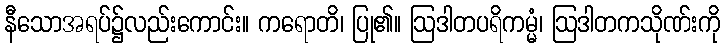
နီသောအရပ်၌လည်းကောင်း။ ကရောတိ၊ ပြု၏။ ဩဒါတပရိကမ္မံ၊ ဩဒါတကသိုဏ်းကို